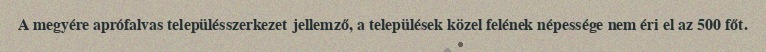
A megyére aprófalvas településszerkezet jellemző, a települések közel felének népessége nem éri el az 500 főt.